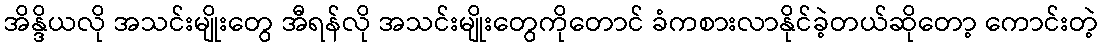
အိန္ဒိယလို အသင်းမျိုးတွေ အီရန်လို အသင်းမျိုးတွေကိုတောင် ခံကစားလာနိုင်ခဲ့တယ်ဆိုတော့ ကောင်းတဲ့